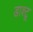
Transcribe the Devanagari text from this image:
डाश्टू